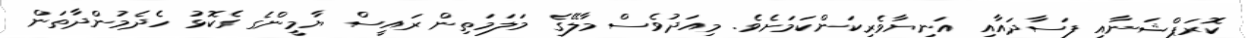
ކޮރަޕްޝަނާއި ފަސާދައާއި އަނިޔާވެރިކަންކަމަށެވެ. މިއަދުވެސް މާލޭގެ މަލަމަތިން ރައީސް ޔާމީންގެ ގެކޮޅު ހެދެމުންދާތަން